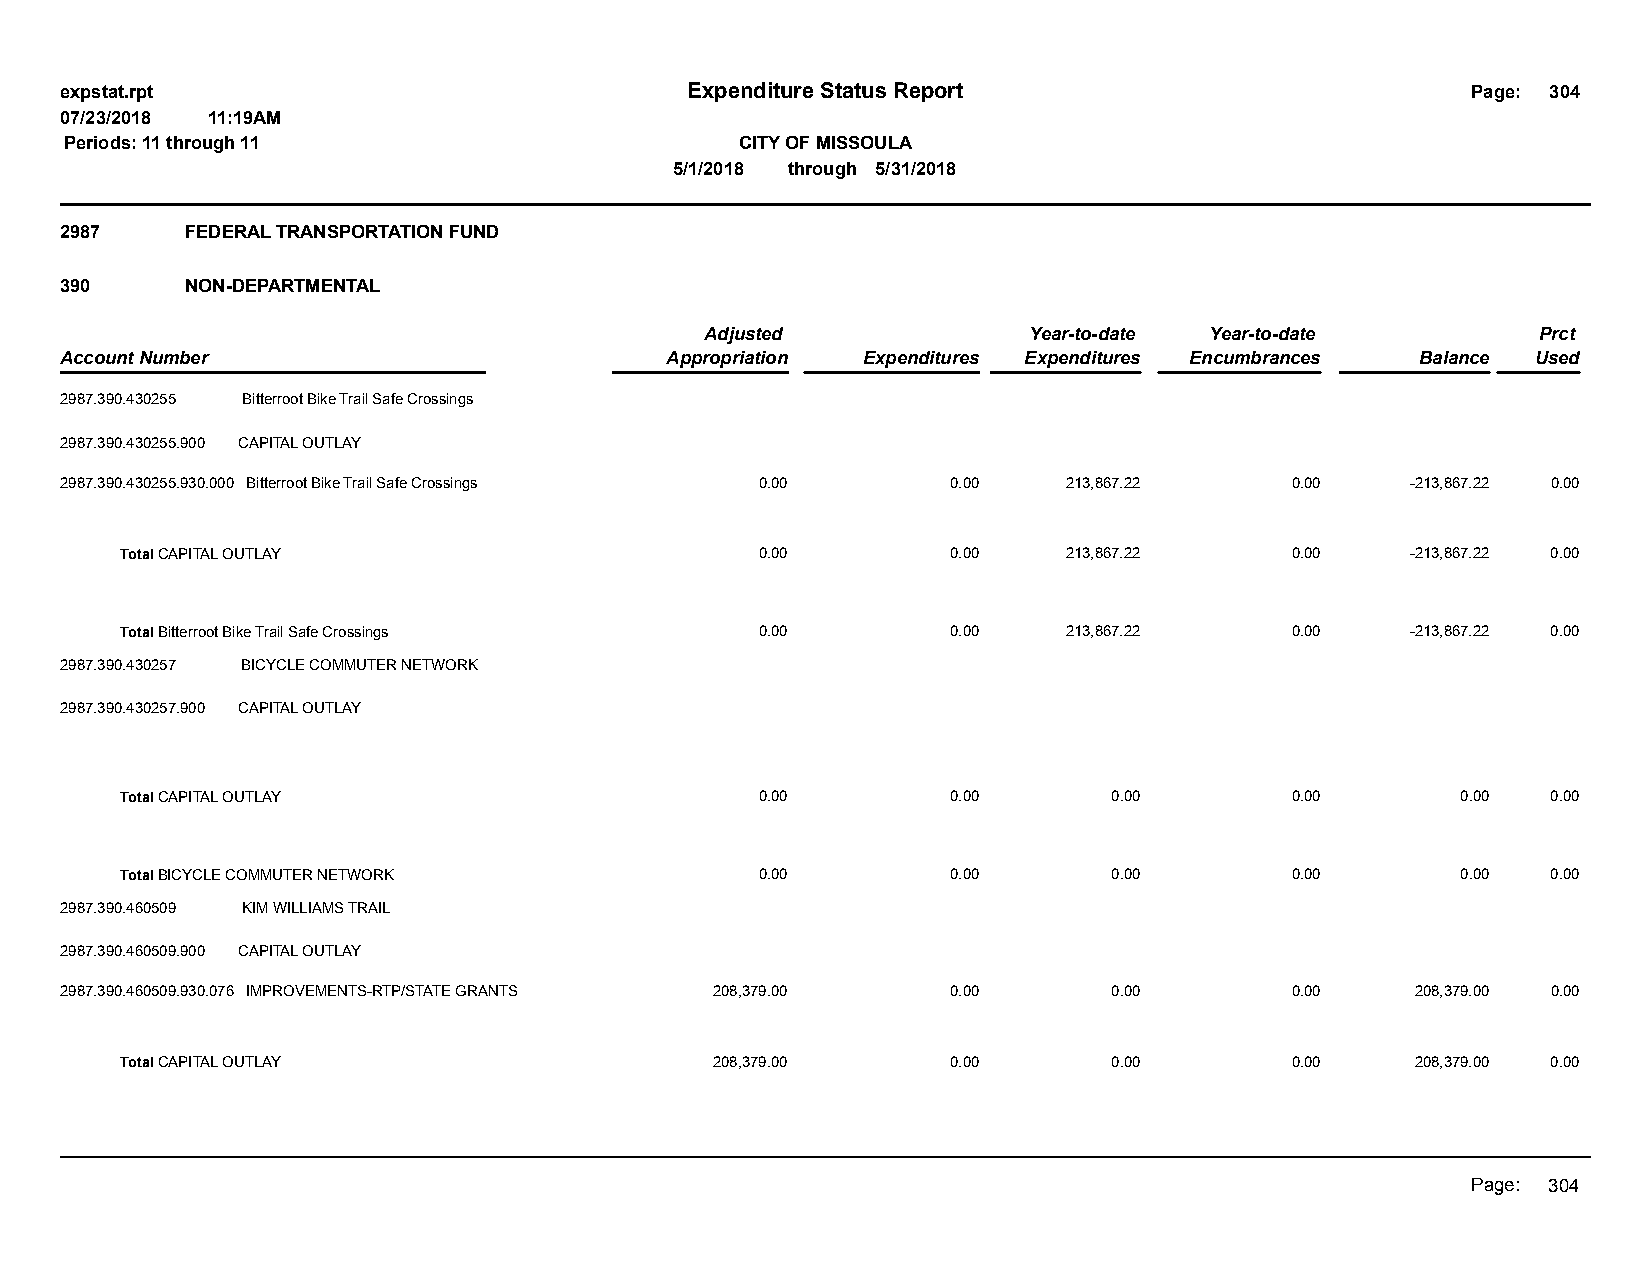
expstat.rpt                              Expenditure Status Report                           Page: 304
 07/23/2018 11:19AM
 Periods: 11 through 11                       CITY OF MISSOULA
 5/1/2018 through 5/31/2018
 2987    FEDERAL TRANSPORTATION FUND
 390     NON-DEPARTMENTAL
 Adjusted             Year-to-date Year-to-date         Prct
 Account Number                          Appropriation Expenditures Expenditures Encumbrances Balance Used
 2987.390.430255 Bitterroot Bike Trail Safe Crossings
 2987.390.430255.900 CAPITAL OUTLAY
 2987.390.430255.930.000 Bitterroot Bike Trail Safe Crossings 0.00 0.00 213,867.22 0.00   -213,867.22 0.00
 Total CAPITAL OUTLAY                      0.00         0.00    213,867.22    0.00    -213,867.22 0.00
 Total Bitterroot Bike Trail Safe Crossings 0.00        0.00    213,867.22    0.00    -213,867.22 0.00
 2987.390.430257 BICYCLE COMMUTER NETWORK
 2987.390.430257.900 CAPITAL OUTLAY
 Total CAPITAL OUTLAY                      0.00         0.00       0.00       0.00        0.00  0.00
 Total BICYCLE COMMUTER NETWORK            0.00         0.00       0.00       0.00        0.00  0.00
 2987.390.460509 KIM WILLIAMS TRAIL
 2987.390.460509.900 CAPITAL OUTLAY
 2987.390.460509.930.076 IMPROVEMENTS-RTP/STATE GRANTS 208,379.00 0.00 0.00       0.00     208,379.00 0.00
 Total CAPITAL OUTLAY                   208,379.00      0.00       0.00       0.00     208,379.00 0.00
 Page: 304